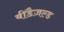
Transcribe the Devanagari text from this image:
बीडैज़ल्ड